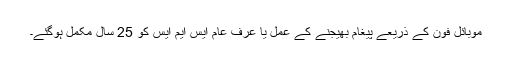
موبائل فون کے ذریعے پیغام بھیجنے کے عمل یا عرف عام ایس ایم ایس کو 25 سال مکمل ہوگئے۔